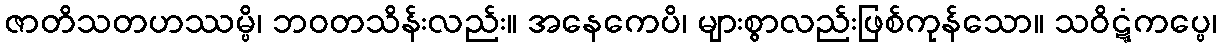
ဇာတိသတဟဿမ္ပိ၊ ဘဝတသိန်းလည်း။ အနေကေပိ၊ များစွာလည်းဖြစ်ကုန်သော။ သဝိဋ္ဋံကပ္ပေ၊